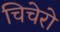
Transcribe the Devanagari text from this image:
चिचेरो